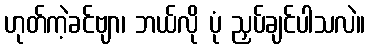
ဟုတ်ကဲ့ခင်ဗျာ၊ ဘယ်လို ပုံ ညှပ်ချင်ပါသလဲ။